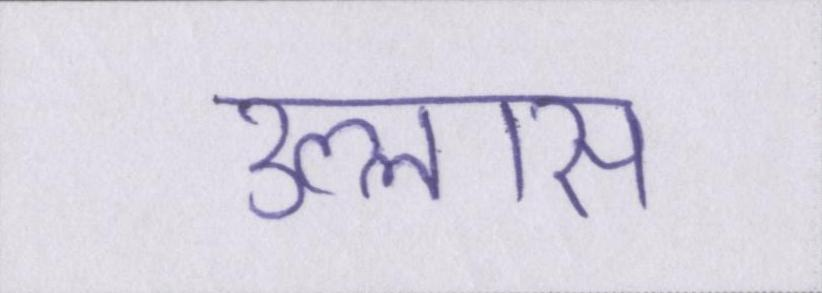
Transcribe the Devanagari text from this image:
उल्लास